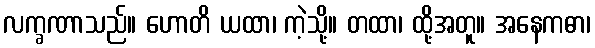
လက္ခဏာသည်။ ဟောတိ ယထာ၊ ကဲ့သို့။ တထာ၊ ထို့အတူ။ အနေကဓာ၊